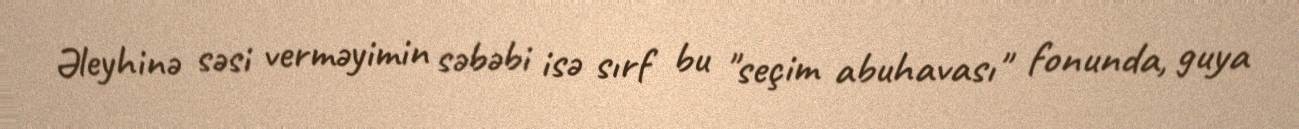
Əleyhinə səsi verməyimin səbəbi isə sırf bu "seçim abuhavası" fonunda, guya